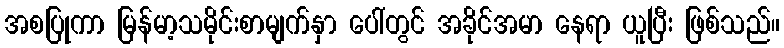
အစပြုကာ မြန်မာ့သမိုင်းစာမျက်နှာ ပေါ်တွင် အခိုင်အမာ နေရာ ယူပြီး ဖြစ်သည်။